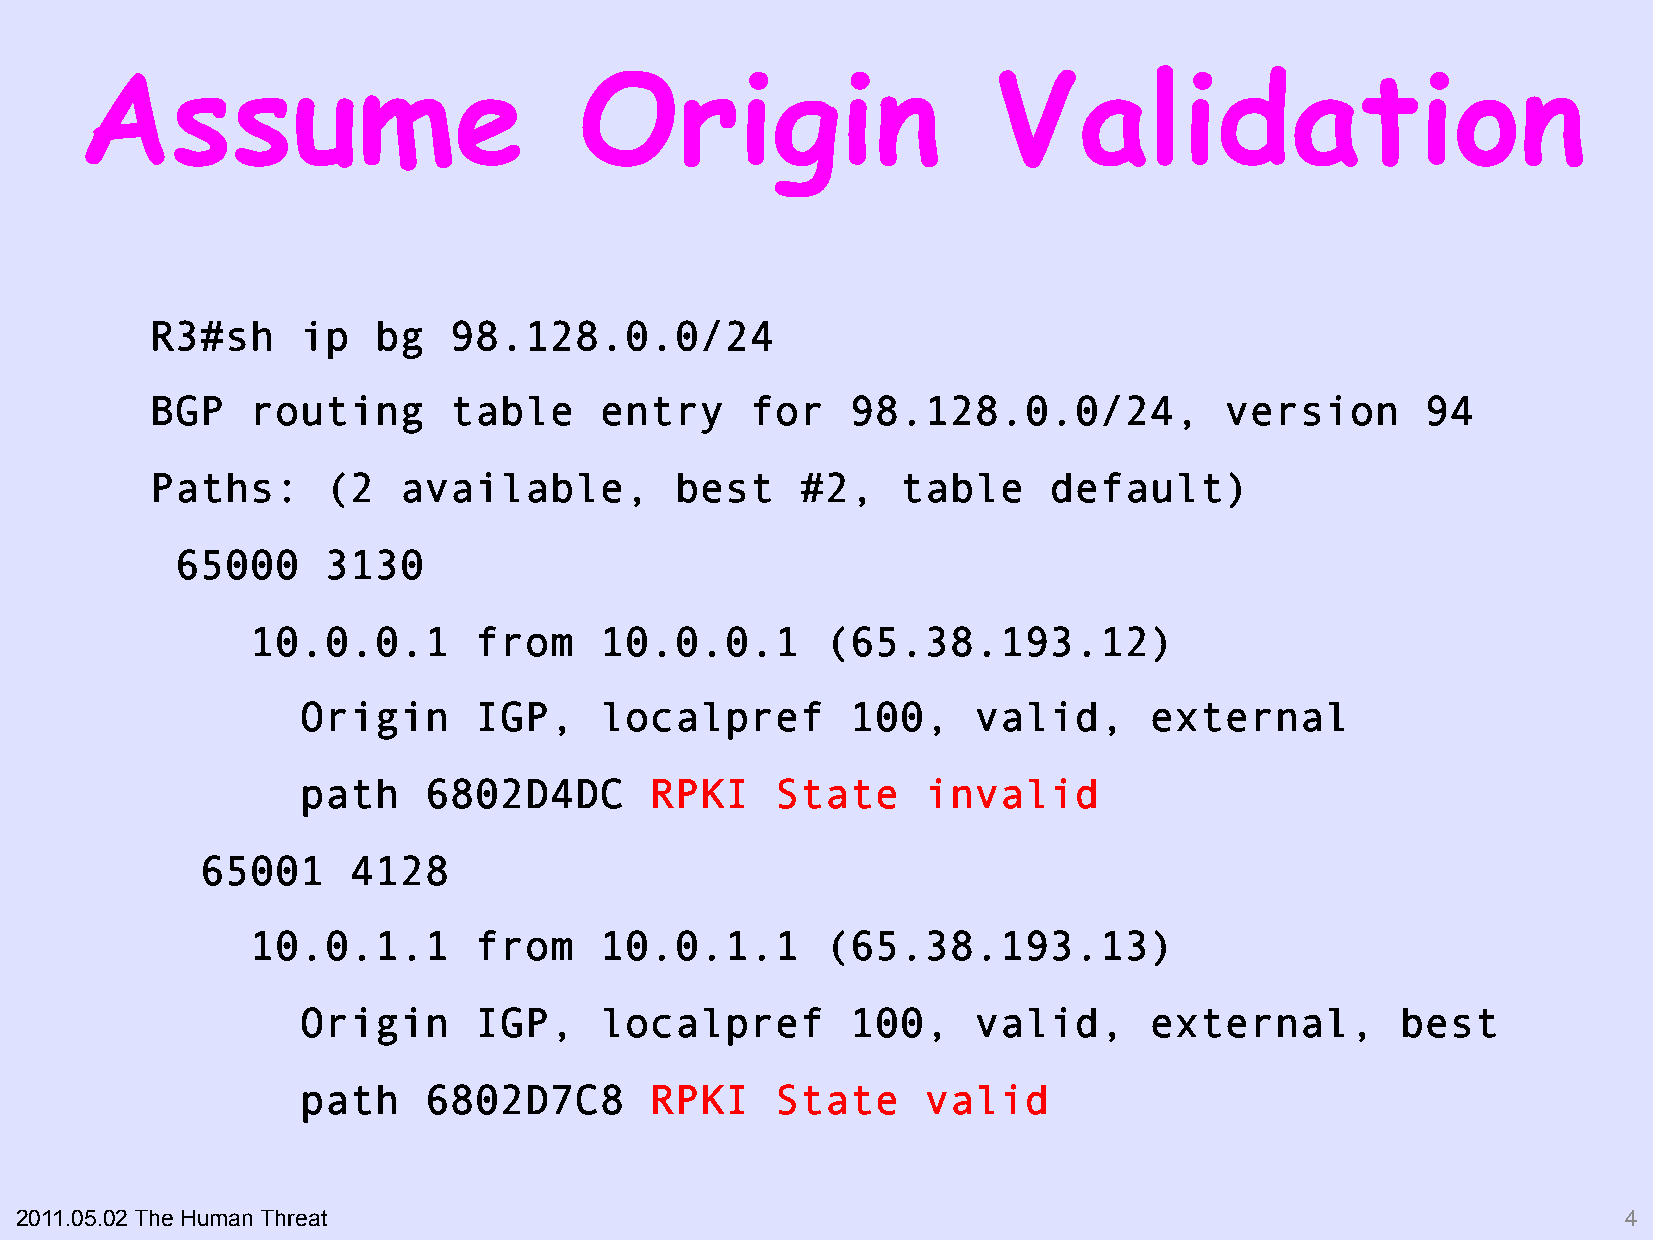
Assume                           Origin                      Validation
 R3#sh     ip   bg   98.128.0.0/24
 BGP    routing      table     entry     for   98.128.0.0/24,           version      94
 Paths:     (2   available,         best    #2,    table    default)
 65000    3130
 10.0.0.1      from     10.0.0.1       (65.38.193.12)
 Origin     IGP,     localpref       100,    valid,      external
 path    6802D4DC       RPKI    State     invalid
 65001     4128
 10.0.1.1      from     10.0.1.1       (65.38.193.13)
 Origin     IGP,     localpref       100,    valid,      external,        best
 path    6802D7C8       RPKI    State     valid
 2011.05.02 The Human Threat                                                                                4